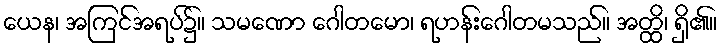
ယေန၊ အကြင်အရပ်၌။ သမဏော ဂေါတမော၊ ရဟန်းဂေါတမသည်။ အတ္ထိ၊ ရှိ၏။